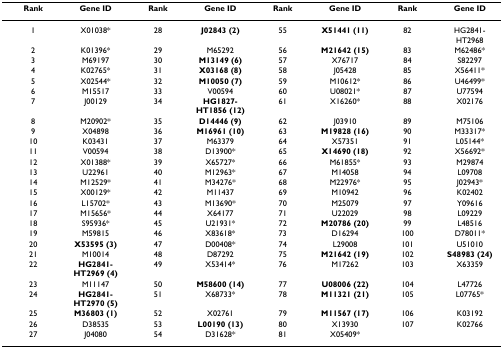
<table><thead><tr><td><b>Rank</b></td><td><b>Gene ID</b></td><td><b>Rank</b></td><td><b>Gene ID</b></td><td><b>Rank</b></td><td><b>Gene ID</b></td><td><b>Rank</b></td><td><b>Gene ID</b></td></tr></thead><tbody><tr><td>1</td><td>X01038*</td><td>28</td><td><b>J02843 (2)</b></td><td>55</td><td><b>X51441 (11)</b></td><td>82</td><td>HG2841-HT2968</td></tr><tr><td>2</td><td>K01396*</td><td>29</td><td>M65292</td><td>56</td><td><b>M21642 (15)</b></td><td>83</td><td>M62486*</td></tr><tr><td>3</td><td>M69197</td><td>30</td><td><b>M13149 (6)</b></td><td>57</td><td>X76717</td><td>84</td><td>S82297</td></tr><tr><td>4</td><td>K02765*</td><td>31</td><td><b>X03168 (8)</b></td><td>58</td><td>J05428</td><td>85</td><td>X56411*</td></tr><tr><td>5</td><td>X02544*</td><td>32</td><td><b>M10050 (7)</b></td><td>59</td><td>M10612*</td><td>86</td><td>U46499*</td></tr><tr><td>6</td><td>M15517</td><td>33</td><td>V00594</td><td>60</td><td>U08021*</td><td>87</td><td>U77594</td></tr><tr><td>7</td><td>J00129</td><td>34</td><td><b>HG1827-HT1856 (12)</b></td><td>61</td><td>X16260*</td><td>88</td><td>X02176</td></tr><tr><td>8</td><td>M20902*</td><td>35</td><td><b>D14446 (9)</b></td><td>62</td><td>J03910</td><td>89</td><td>M75106</td></tr><tr><td>9</td><td>X04898</td><td>36</td><td><b>M16961 (10)</b></td><td>63</td><td><b>M19828 (16)</b></td><td>90</td><td>M33317*</td></tr><tr><td>10</td><td>K03431</td><td>37</td><td>M63379</td><td>64</td><td>X57351</td><td>91</td><td>L05144*</td></tr><tr><td>11</td><td>V00594</td><td>38</td><td>D13900*</td><td>65</td><td><b>X14690 (18)</b></td><td>92</td><td>X56692*</td></tr><tr><td>12</td><td>X01388*</td><td>39</td><td>X65727*</td><td>66</td><td>M61855*</td><td>93</td><td>M29874</td></tr><tr><td>13</td><td>U22961</td><td>40</td><td>M12963*</td><td>67</td><td>M14058</td><td>94</td><td>L09708</td></tr><tr><td>14</td><td>M12529*</td><td>41</td><td>M34276*</td><td>68</td><td>M22976*</td><td>95</td><td>J02943*</td></tr><tr><td>15</td><td>X00129*</td><td>42</td><td>M11437</td><td>69</td><td>M10942</td><td>96</td><td>K02402</td></tr><tr><td>16</td><td>L15702*</td><td>43</td><td>M13690*</td><td>70</td><td>M25079</td><td>97</td><td>Y09616</td></tr><tr><td>17</td><td>M15656*</td><td>44</td><td>X64177</td><td>71</td><td>U22029</td><td>98</td><td>L09229</td></tr><tr><td>18</td><td>S95936*</td><td>45</td><td>U21931*</td><td>72</td><td><b>M20786 (20)</b></td><td>99</td><td>L48516</td></tr><tr><td>19</td><td>M59815</td><td>46</td><td>X83618*</td><td>73</td><td>D16294</td><td>100</td><td>D78011*</td></tr><tr><td>20</td><td><b>X53595 (3)</b></td><td>47</td><td>D00408*</td><td>74</td><td>L29008</td><td>101</td><td>U51010</td></tr><tr><td>21</td><td>M10014</td><td>48</td><td>D87292</td><td>75</td><td><b>M21642 (19)</b></td><td>102</td><td><b>S48983 (24)</b></td></tr><tr><td>22</td><td><b>HG2841-HT2969 (4)</b></td><td>49</td><td>X53414*</td><td>76</td><td>M17262</td><td>103</td><td>X63359</td></tr><tr><td>23</td><td>M11147</td><td>50</td><td><b>M58600 (14)</b></td><td>77</td><td><b>U08006 (22)</b></td><td>104</td><td>L47726</td></tr><tr><td>24</td><td><b>HG2841-HT2970 (5)</b></td><td>51</td><td>X68733*</td><td>78</td><td><b>M11321 (21)</b></td><td>105</td><td>L07765*</td></tr><tr><td>25</td><td><b>M36803 (1)</b></td><td>52</td><td>X02761</td><td>79</td><td><b>M11567 (17)</b></td><td>106</td><td>K03192</td></tr><tr><td>26</td><td>D38535</td><td>53</td><td><b>L00190 (13)</b></td><td>80</td><td>X13930</td><td>107</td><td>K02766</td></tr><tr><td>27</td><td>J04080</td><td>54</td><td>D31628*</td><td>81</td><td>X05409*</td><td></td><td></td></tr></tbody></table>